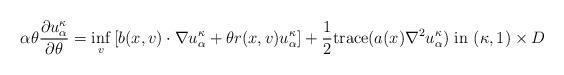
LaTeX: \begin{align*} \alpha\theta\frac{\partial u^{\kappa}_{\alpha}}{\partial \theta}= \inf_{v} \left[ b(x,v)\cdot \nabla u^{\kappa}_{\alpha} + \theta r(x,v)u^{\kappa}_{\alpha}\right] +\frac{1}{2}\mbox{trace}(a(x)\nabla^2 u^{\kappa}_{\alpha}) \mbox{ in } (\kappa,1)\times D \end{align*}